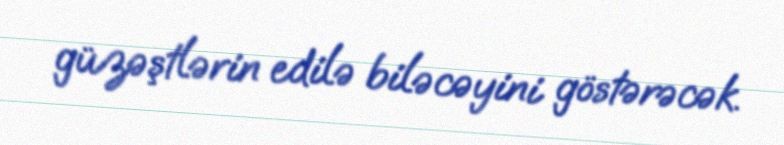
güzəştlərin edilə biləcəyini göstərəcək.